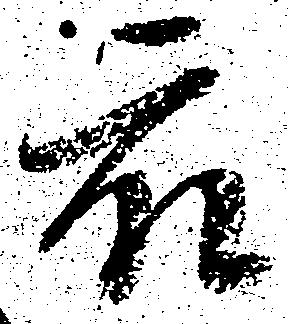
衆